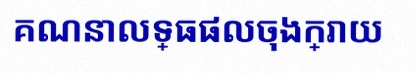
គណនាលទ្ធផលចុងក្រោយ